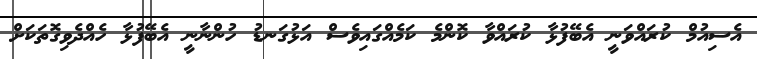
އެސިއުމް ކުރައްވަނީ އެބޭފުޅާ ކުރައްވާ ކޮންމެ ކަމެއްގައިވެސް އަޅުގަނޑު ހުންނާނީ އެބޭފުޅާ ހެއްދެވިގޮތަކަށް